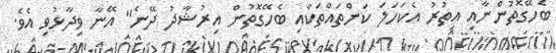
ބެހޭގޮތުންނާއި އިތުރު އެކަހަލަ ކަންތައްތަކާއި ބެހޭގޮތުން އިރުޝާދު ދޭނެ" އޭނާ ވިދާޅުވި އެވެ.